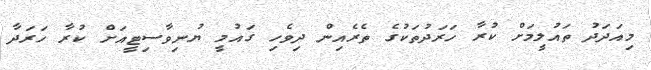
މިއަދަދު ތައުލީމަށް ކުރާ ހަރަދުތަކުގެ ތެރެއިން ދިވެހި ގައުމީ ޔުނިވާސިޓީއަށް ކުރާ ހަރަދާ